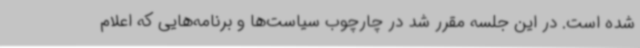
شده است. در این جلسه مقرر شد در چارچوب سیاست‌ها و برنامه‌هایی که اعلام